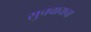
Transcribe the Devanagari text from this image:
सुचवायचा